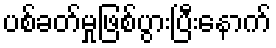
ပစ်ခတ်မှုဖြစ်ပွားပြီးနောက်